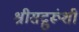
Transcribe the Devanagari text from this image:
श्रीसद्गुरूंशी